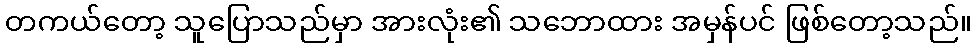
တကယ်တော့ သူပြောသည်မှာ အားလုံး၏ သဘောထား အမှန်ပင် ဖြစ်တော့သည်။